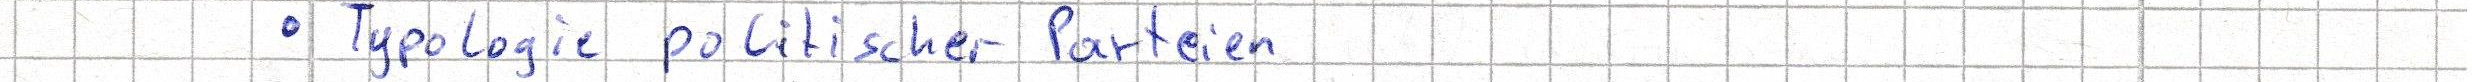
- Typologie politischer Parteien